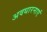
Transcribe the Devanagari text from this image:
अवधारनाएं